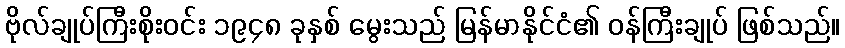
ဗိုလ်ချုပ်ကြီးစိုးဝင်း ၁၉၄၈ ခုနှစ် မွေးသည် မြန်မာနိုင်ငံ၏ ဝန်ကြီးချုပ် ဖြစ်သည်။